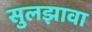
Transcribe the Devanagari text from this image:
सुलझावा